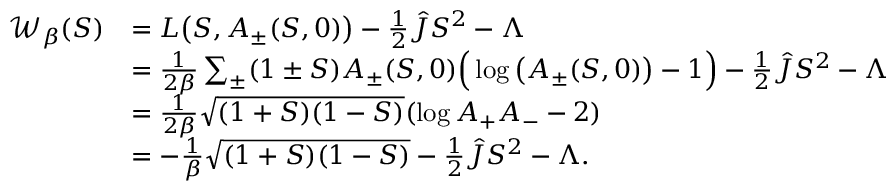
\begin{array} { r l } { \mathcal { W } _ { \beta } ( S ) } & { = L \big ( S , A _ { \pm } ( S , 0 ) \big ) - \frac { 1 } { 2 } \hat { J } S ^ { 2 } - \Lambda } \\ & { = \frac { 1 } { 2 \beta } \sum _ { \pm } ( 1 \pm S ) A _ { \pm } ( S , 0 ) \Big ( \log \big ( A _ { \pm } ( S , 0 ) \big ) - 1 \Big ) - \frac { 1 } { 2 } \hat { J } S ^ { 2 } - \Lambda } \\ & { = \frac { 1 } { 2 \beta } \sqrt { ( 1 + S ) ( 1 - S ) } ( \log A _ { + } A _ { - } - 2 ) } \\ & { = - \frac { 1 } { \beta } \sqrt { ( 1 + S ) ( 1 - S ) } - \frac { 1 } { 2 } \hat { J } S ^ { 2 } - \Lambda . } \end{array}